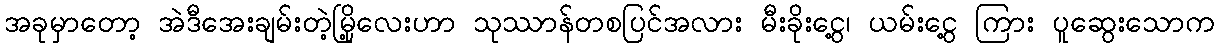
အခုမှာတော့ အဲဒီအေးချမ်းတဲ့မြို့လေးဟာ သုဿာန်တစပြင်အလား မီးခိုးငွေ့၊ ယမ်းငွေ့ ကြား ပူဆွေးသောက